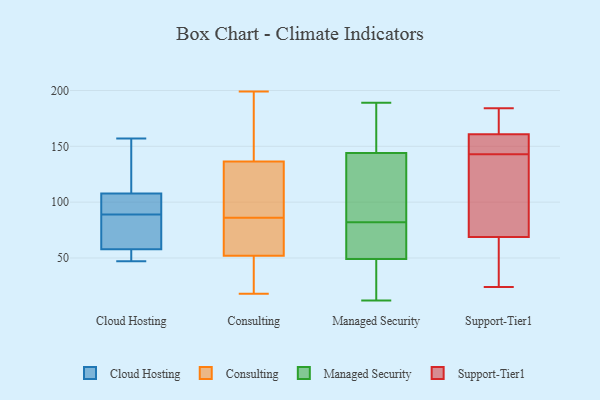
{"axis": {"x": "Operating Costs (USD K)", "y": "Value"}, "legend": ["Cloud Hosting", "Consulting", "Managed Security", "Support-Tier1"], "data": [{"x": "", "y": 59, "type": "Cloud Hosting"}, {"x": "", "y": 92, "type": "Cloud Hosting"}, {"x": "", "y": 142, "type": "Cloud Hosting"}, {"x": "", "y": 100, "type": "Cloud Hosting"}, {"x": "", "y": 53, "type": "Cloud Hosting"}, {"x": "", "y": 74, "type": "Cloud Hosting"}, {"x": "", "y": 67, "type": "Cloud Hosting"}, {"x": "", "y": 95, "type": "Cloud Hosting"}, {"x": "", "y": 54, "type": "Cloud Hosting"}, {"x": "", "y": 89, "type": "Cloud Hosting"}, {"x": "", "y": 157, "type": "Cloud Hosting"}, {"x": "", "y": 47, "type": "Cloud Hosting"}, {"x": "", "y": 131, "type": "Cloud Hosting"}, {"x": "", "y": 76, "type": "Consulting"}, {"x": "", "y": 86, "type": "Consulting"}, {"x": "", "y": 51, "type": "Consulting"}, {"x": "", "y": 183, "type": "Consulting"}, {"x": "", "y": 199, "type": "Consulting"}, {"x": "", "y": 63, "type": "Consulting"}, {"x": "", "y": 141, "type": "Consulting"}, {"x": "", "y": 175, "type": "Consulting"}, {"x": "", "y": 90, "type": "Consulting"}, {"x": "", "y": 26, "type": "Consulting"}, {"x": "", "y": 18, "type": "Consulting"}, {"x": "", "y": 96, "type": "Consulting"}, {"x": "", "y": 123, "type": "Consulting"}, {"x": "", "y": 55, "type": "Consulting"}, {"x": "", "y": 50, "type": "Consulting"}, {"x": "", "y": 77, "type": "Managed Security"}, {"x": "", "y": 87, "type": "Managed Security"}, {"x": "", "y": 189, "type": "Managed Security"}, {"x": "", "y": 146, "type": "Managed Security"}, {"x": "", "y": 68, "type": "Managed Security"}, {"x": "", "y": 49, "type": "Managed Security"}, {"x": "", "y": 111, "type": "Managed Security"}, {"x": "", "y": 30, "type": "Managed Security"}, {"x": "", "y": 144, "type": "Managed Security"}, {"x": "", "y": 12, "type": "Managed Security"}, {"x": "", "y": 161, "type": "Support-Tier1"}, {"x": "", "y": 106, "type": "Support-Tier1"}, {"x": "", "y": 52, "type": "Support-Tier1"}, {"x": "", "y": 177, "type": "Support-Tier1"}, {"x": "", "y": 105, "type": "Support-Tier1"}, {"x": "", "y": 77, "type": "Support-Tier1"}, {"x": "", "y": 159, "type": "Support-Tier1"}, {"x": "", "y": 178, "type": "Support-Tier1"}, {"x": "", "y": 24, "type": "Support-Tier1"}, {"x": "", "y": 36, "type": "Support-Tier1"}, {"x": "", "y": 144, "type": "Support-Tier1"}, {"x": "", "y": 145, "type": "Support-Tier1"}, {"x": "", "y": 52, "type": "Support-Tier1"}, {"x": "", "y": 184, "type": "Support-Tier1"}, {"x": "", "y": 143, "type": "Support-Tier1"}, {"x": "", "y": 66, "type": "Support-Tier1"}, {"x": "", "y": 160, "type": "Support-Tier1"}, {"x": "", "y": 183, "type": "Support-Tier1"}, {"x": "", "y": 77, "type": "Support-Tier1"}]}